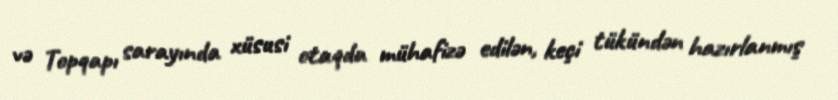
və Topqapı sarayında xüsusi otaqda mühafizə edilən, keçi tükündən hazırlanmış